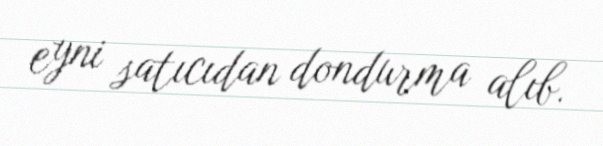
eyni satıcıdan dondurma alıb.